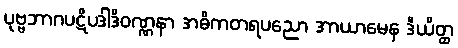
ပုဗ္ဗဘာဂပဋိပဒါဒိဝဏ္ဏနာ အဓိကတရပညော အာယာမေန ဒီယိတ္ထ